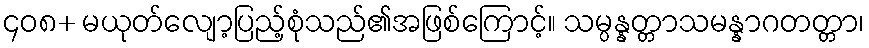
၄၀၈+ မယုတ်လျော့ပြည့်စုံသည်၏အဖြစ်ကြောင့်။ သမ္ပန္နတ္တာသမန္နာဂတတ္တာ၊